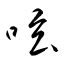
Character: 呟